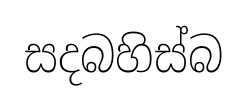
සදබහිස්බ